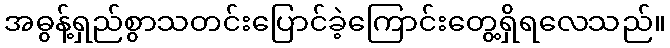
အဓွန့်ရှည်စွာသတင်းပြောင်ခဲ့ကြောင်းတွေ့ရှိရလေသည်။